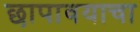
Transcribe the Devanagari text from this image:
छापावयाचा